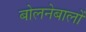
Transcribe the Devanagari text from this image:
बोलनेबालों